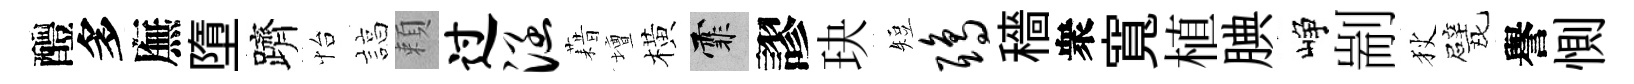
醴多廡墮躋怡諄頼过涵藉壇橫霏謬玦短鸱穡衆寬植腆峥剬狄戏譽惻